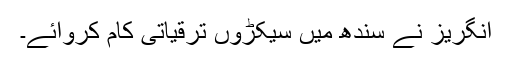
انگریز نے سندھ میں سیکڑو‍ں ترقیاتی کام کروائے۔